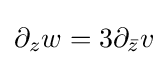
\displaystyle \partial _{z}w=3\partial _{\bar {z}}v